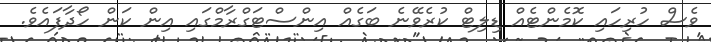
ވެސް ހުރިހައި ކޮމެންޓެއް ޑިލިޓް ކުރެވޭނެ ބަގެއް އިންސްޓަގްރާމްގައި އިން ކަން ހޯދާފައެވެ.